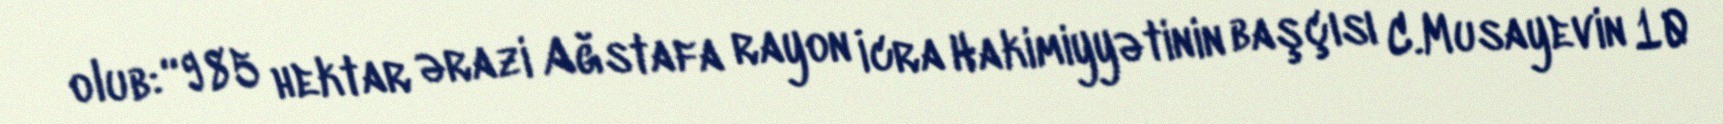
olub: “985 hektar ərazi Ağstafa rayon İcra Hakimiyyətinin başçısı C.Musayevin 10